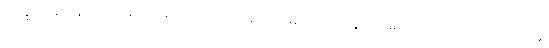
ဘိက္ခဝေ၊ ရဟန်းတို့။ ယထာ (ယော သဘာဝေါ၊ အကြင် မဖောက် မပြန်ဟုတ်မှန်သော သဘောသည်။ အတ္ထိ၊